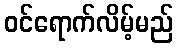
ဝင်ရောက်လိမ့်မည်